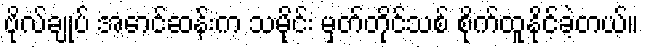
ဗိုလ်ချုပ် အောင်ဆန်းက သမိုင်း မှတ်တိုင်သစ် စိုက်ထူနိုင်ခဲ့တယ်။